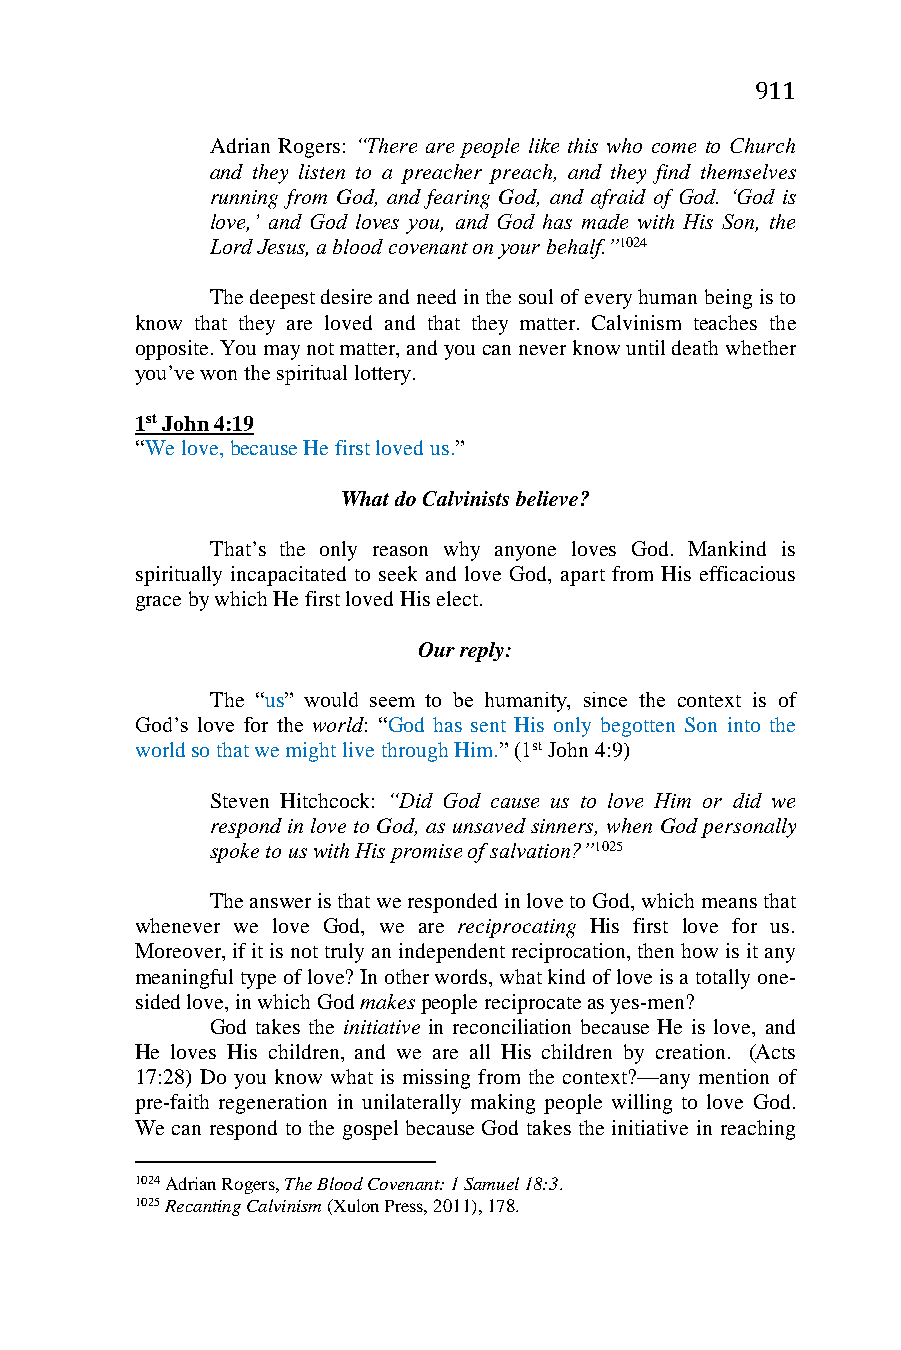
911
 Adrian Rogers: “There are people like this who come to Church
 and they listen to a preacher preach, and they find themselves
 running from God, and fearing God, and afraid of God. ‘God is
 love,’ and God loves you, and God has made with His Son, the
 Lord Jesus, a blood covenant on your behalf.”1024
 The deepest desire and need in the soul of every human being is to
 know that they are loved and that they matter. Calvinism teaches the
 opposite. You may not matter, and you can never know until death whether
 you’ve won the spiritual lottery.
 1st John 4:19
 “We love, because He first loved us.”
 What do Calvinists believe?
 That’s the only reason why anyone loves God. Mankind is
 spiritually incapacitated to seek and love God, apart from His efficacious
 grace by which He first loved His elect.
 Our reply:
 The “us” would seem to be humanity, since the context is of
 God’s love for the world: “God has sent His only begotten Son into the
 world so that we might live through Him.” (1st John 4:9)
 Steven Hitchcock: “Did God cause us to love Him or did we
 respond in love to God, as unsaved sinners, when God personally
 spoke to us with His promise of salvation?”1025
 The answer is that we responded in love to God, which means that
 whenever we love God, we are reciprocating His first love for us.
 Moreover, if it is not truly an independent reciprocation, then how is it any
 meaningful type of love? In other words, what kind of love is a totally one-
 sided love, in which God makes people reciprocate as yes-men?
 God takes the initiative in reconciliation because He is love, and
 He loves His children, and we are all His children by creation. (Acts
 17:28) Do you know what is missing from the context?—any mention of
 pre-faith regeneration in unilaterally making people willing to love God.
 We can respond to the gospel because God takes the initiative in reaching
 1024 Adrian Rogers, The Blood Covenant: 1 Samuel 18:3.
 1025 Recanting Calvinism (Xulon Press, 2011), 178.